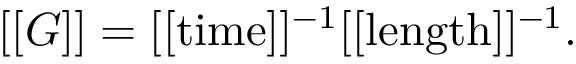
[ [ G ] ] = [ [ \mathrm { t i m e } ] ] ^ { - 1 } [ [ \mathrm { l e n g t h } ] ] ^ { - 1 } .